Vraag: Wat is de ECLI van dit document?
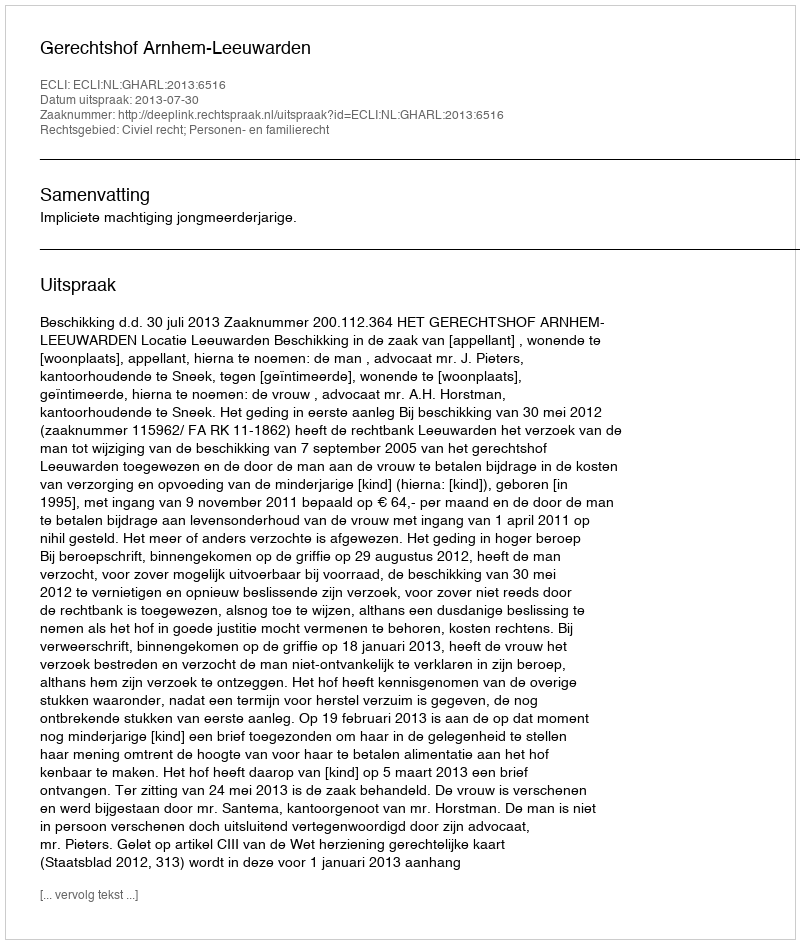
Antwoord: ECLI:NL:GHARL:2013:6516